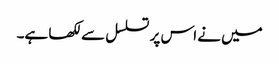
میں نے اس پر تسلسل سے لکھا ہے۔